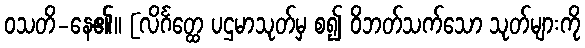
ဝသတိ-နေ၏။ [လိင်္ဂတ္ထေ ပဌမာသုတ်မှ စ၍ ဝိဘတ်သက်သော သုတ်များကို